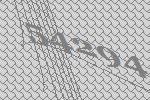
54294